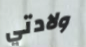
ولادتي